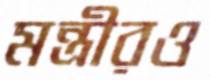
মন্ত্রীরও